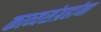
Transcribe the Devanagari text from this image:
काव्यसंग्रहांना